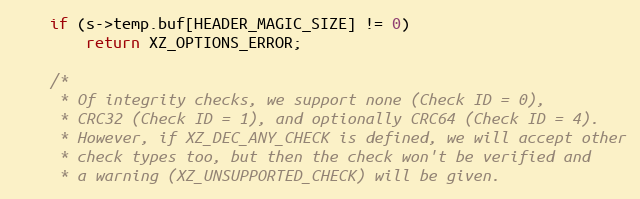
Language: C
    if (s->temp.buf[HEADER_MAGIC_SIZE] != 0)
        return XZ_OPTIONS_ERROR;

    /*
     * Of integrity checks, we support none (Check ID = 0),
     * CRC32 (Check ID = 1), and optionally CRC64 (Check ID = 4).
     * However, if XZ_DEC_ANY_CHECK is defined, we will accept other
     * check types too, but then the check won't be verified and
     * a warning (XZ_UNSUPPORTED_CHECK) will be given.